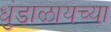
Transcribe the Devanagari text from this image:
धुंडाळायच्या